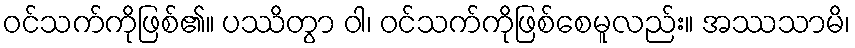
ဝင်သက်ကိုဖြစ်၏။ ပဿိတွာ ဝါ၊ ဝင်သက်ကိုဖြစ်စေမူလည်း။ အဿသာမိ၊